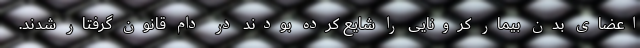
اعضای بدن بیمار کرونایی را شایع کرده بودند در دام قانون گرفتار شدند.